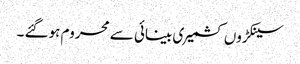
سینکڑوں کشمیری بینائی سے محروم ہوگئے ۔